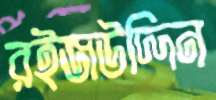
রইজউদ্দিন